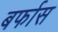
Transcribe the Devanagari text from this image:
बर्फास